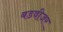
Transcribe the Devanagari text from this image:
बडवीजर